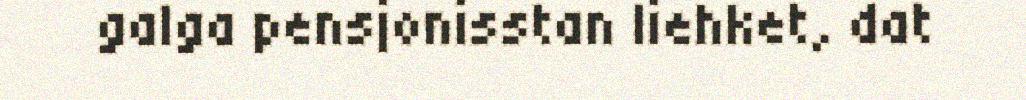
galga pensjonisstan liehket, dat